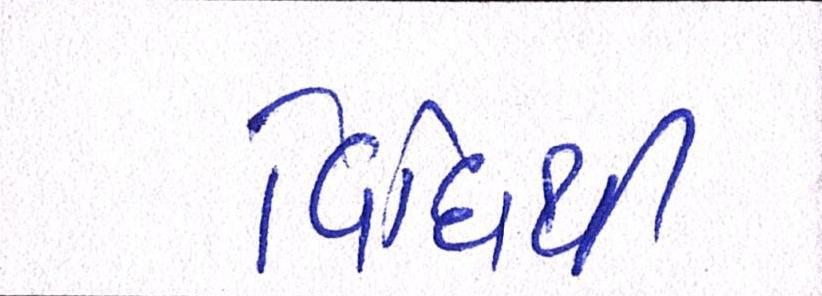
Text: વિધિથી